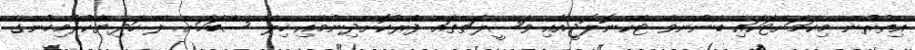
އިތުރުން މިކަމަށްޓަކައި ބެނުންވާ ޓެކްނޮލޮޖީއާއި ވަސީލަތްތައް ފޯރުކޮށްދިނުމާއި ހިލޭ ސާބަހަށް ލޭ ހަދިޔާކުރާމިހުންގެ